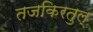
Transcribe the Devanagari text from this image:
तजकिरतुल्